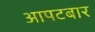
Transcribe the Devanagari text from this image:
आपटबार